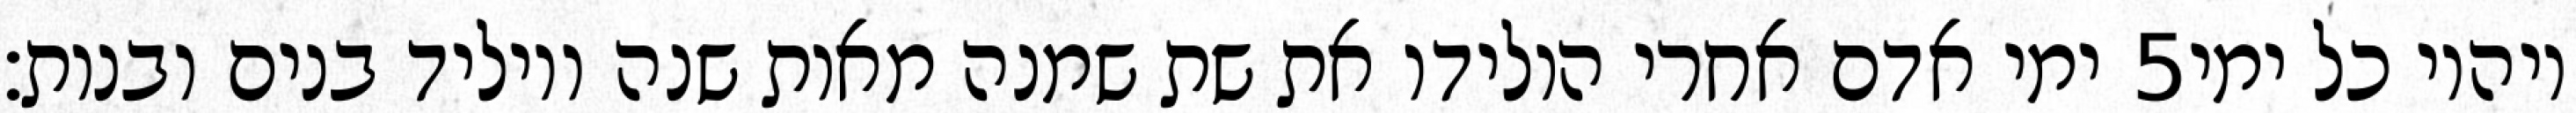
ימי אדם אחרי הולידו את שת שמנה מאות שנה ויוליד בנים ובנות׃ ‎5‏ ויהיו כל ימי